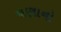
ચણાનો